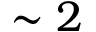
\sim 2